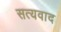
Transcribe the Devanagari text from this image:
सत्यवाद